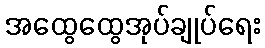
အထွေထွေအုပ်ချုပ်ရေး